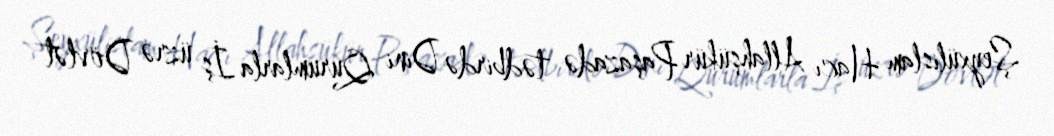
Şeyxülislam Hacı Allahşükür Paşazadə tədbirdə Dini Qurumlarla İş üzrə Dövlət